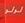
لولو